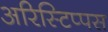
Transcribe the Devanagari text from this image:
अरिस्टिप्पस